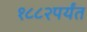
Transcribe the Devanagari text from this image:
१८८२पर्यंत